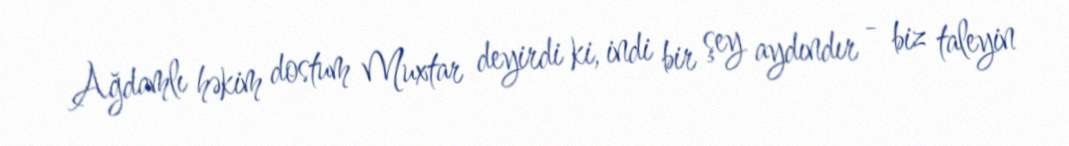
Ağdamlı həkim dostum Muxtar deyirdi ki, indi bir şey aydındır - biz taleyin